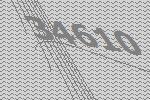
34610